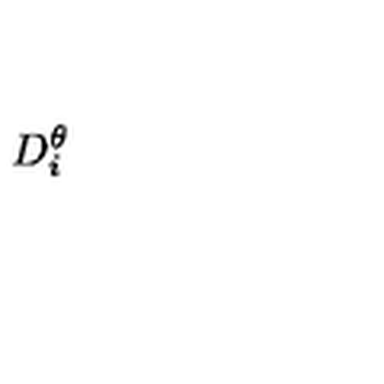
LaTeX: D _ { i } ^ { \theta }